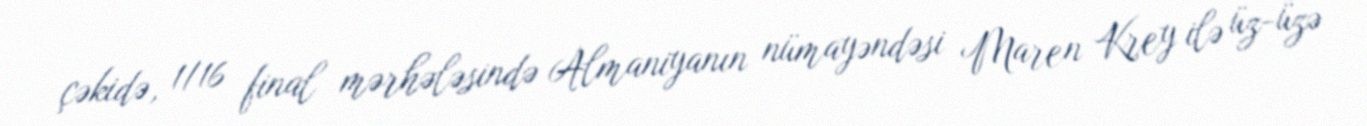
çəkidə, 1/16 final mərhələsində Almaniyanın nümayəndəsi Maren Krey ilə üz-üzə